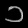
Digit: ၁